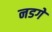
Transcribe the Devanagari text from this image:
नडगे